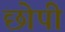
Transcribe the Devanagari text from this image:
छोपी